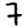
Digit: 7